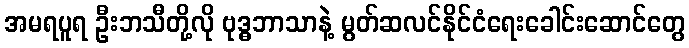
အမရပူရ ဦးဘသီတို့လို ဗုဒ္ဓဘာသာနဲ့ မွတ်ဆလင်နိုင်ငံရေးခေါင်းဆောင်တွေ